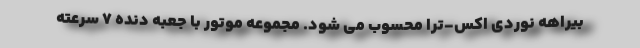
بیراهه نوردی اکس-ترا محسوب می شود. مجموعه موتور با جعبه دنده 7 سرعته